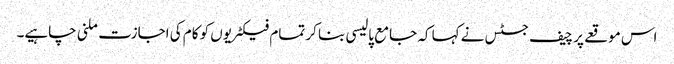
اس موقعے پر چیف جسٹس نے کہا کہ جامع پالیسی بنا کر تمام فیکٹریوں کو کام کی اجازت ملنی چاہیے۔